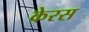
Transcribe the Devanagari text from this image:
केरस